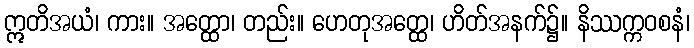
ဣတိအယံ၊ ကား။ အတ္ထော၊ တည်း။ ဟေတုအတ္ထေ၊ ဟိတ်အနက်၌။ နိဿက္ကဝစနံ၊